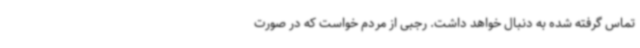
تماس گرفته شده به دنبال خواهد داشت. رجبی از مردم خواست که در صورت